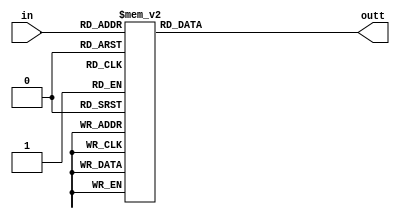
module seven_seg(input[3:0] in, output[6:0] outt);

reg [6:0] out;

assign outt = out;

always @(*) begin
	case(in)
		4'b0000: out = ~7'b0111111;
		4'b0001: out = ~7'b0000110;
		4'b0010: out = ~7'b1011011;
		4'b0011: out = ~7'b1001111;
		4'b0100: out = ~7'b1100110;
		4'b0101: out = ~7'b1101101;
		4'b0110: out = ~7'b1111101;
		4'b0111: out = ~7'b0000111;
		4'b1000: out = ~7'b1111111;
		4'b1001: out = ~7'b1101111;
		4'b1010: out = ~7'b1110111;
		4'b1011: out = ~7'b1111100;
		4'b1100: out = ~7'b0111001;
		4'b1101: out = ~7'b1011110;
		4'b1110: out = ~7'b1111001;
		4'b1111: out = ~7'b1110001;
	endcase
end
endmodule